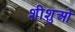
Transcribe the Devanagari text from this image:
शीशुओ